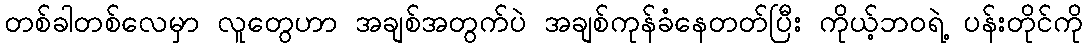
တစ်ခါတစ်လေမှာ လူတွေဟာ အချစ်အတွက်ပဲ အချစ်ကုန်ခံနေတတ်ပြီး ကိုယ့်ဘဝရဲ့ ပန်းတိုင်ကို